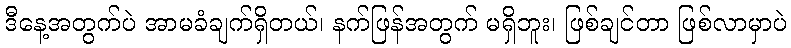
ဒီနေ့အတွက်ပဲ အာမခံချက်ရှိတယ်၊ နက်ဖြန်အတွက် မရှိဘူး၊ ဖြစ်ချင်တာ ဖြစ်လာမှာပဲ